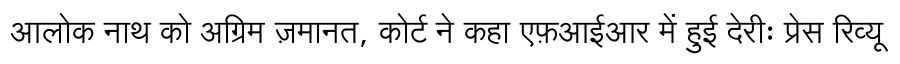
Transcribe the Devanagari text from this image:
आलोक नाथ को अग्रिम ज़मानत, कोर्ट ने कहा एफ़आईआर में हुई देरीः प्रेस रिव्यू